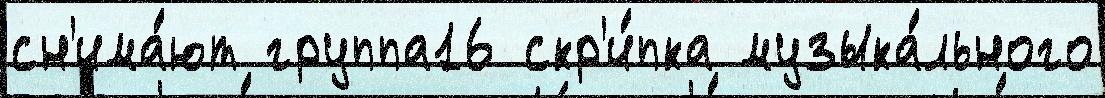
сн'има́ют группа16 скр'и́пка музыка́льного